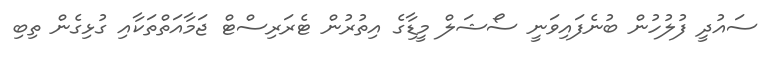
ސައުދީ ފުލުހުން ބުނެފައިވަނީ ސޯޝަލް މީޑިާގެ އިތުރުން ޓެރަރިސްޓް ޖަމާއަތްތަކާއި ގުޅިގެން ތިބި